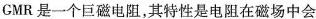
GMR是一个巨磁电阻，其特性是电阻在磁场中会